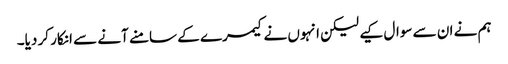
ہم نے ان سے سوال کیے لیکن انہوں نے کیمرے کے سامنے آنے سے انکار کر دیا۔